Vaccination in Bombay 1863-1868 - 1863-1868
Year: 1863
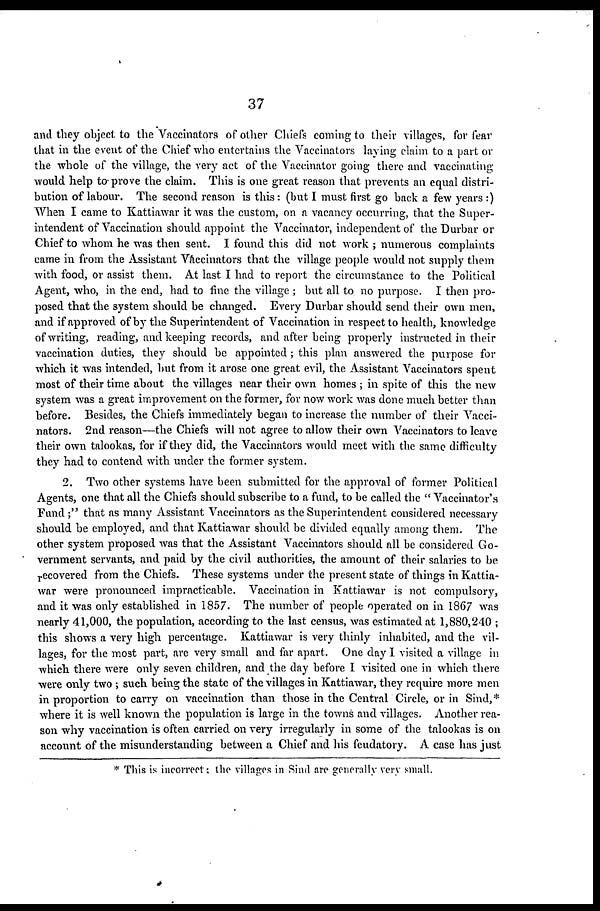
37
and they object to the Vaccinators of other Chiefs coming to their villages, for fear
that in the event of the Chief who entertains the Vaccinators laying claim to a part or
the whole of the village, the very act of the Vaccinator going there and vaccinating
would, help to. prove the claim. This is one great reason that prevents an equal distri-
bution of labour. The second reason is this: (but I must first go back a few years :)
When I came to Kattiawar it was the custom, on a vacancy occurring, that the Super-
intendent of Vaccination should appoint the Vaccinator, independent of the Durbar or
Chief to whom he was then sent. I found this did not work ; numerous complaints
came in from the Assistant Vaccinators that the village people would not supply them
with food, or assist them. At last I had to report the circumstance to the Political
Agent, who, in the end, had to fine the village ; but all to no purpose. I then pro-
posed that the system should be changed. Every Durbar should send their own men,
and if approved of by the Superintendent of Vaccination in respect to health, knowledge
of writing, reading, and keeping records, and after being properly instructed in their
vaccination duties, they should be appointed ; this plan answered the purpose for
which it was intended, but from it arose one great evil, the Assistant Vaccinators spent
most of their time about the villages near their own homes ; in spite of this the new
system was a great improvement on the former, for now work was done much better than
before. Besides, the Chiefs immediately began to increase the number of their Vacci-
nators. 2nd reason—the Chiefs will not agree to allow their own Vaccinators to leave
their own talookas, for if they did, the Vaccinators would meet with the same difficulty
they had to contend with under the former system.
2. Two other systems have been submitted for the approval of former Political
Agents, one that all the Chiefs should subscribe to a fund, to be called the " Vaccinator's
Fund ;" that as many Assistant Vaccinators as the Superintendent considered necessary
should be employed, and that Kattiawar should be divided equally among them. The
other system proposed was that the Assistant Vaccinators should all be considered Go-
vernment servants, and paid by the civil authorities, the amount of their salaries to be
recovered from the Chiefs. These systems under the present state of things in Kattia-
war were pronounced impracticable. Vaccination in Kattiawar is not compulsory,
and it was only established in 1857. The number of people operated on in 1867 was
nearly 41,000, the population, according to the last census, was estimated at 1,880,240 ;
this shows a very high percentage. Kattiawar is very thinly inhabited, and the vil-
lages, for the most part, are very small and far apart. One day I visited a village in
which there were only seven children, and the day before I visited one in which there
were only two ; such being the state of the villages in Kattiawar, they require more men
in proportion to carry on vaccination than those in the Central Circle, or in Sind, *
where it is well known the population is large in the towns and villages. Another
account of the misunderstanding between a Chief and his feudatory. A case has just
* This is incorrect; the villages in Sind are generally very small.